Specificity of antivenomous sera (second communication) - Number 10
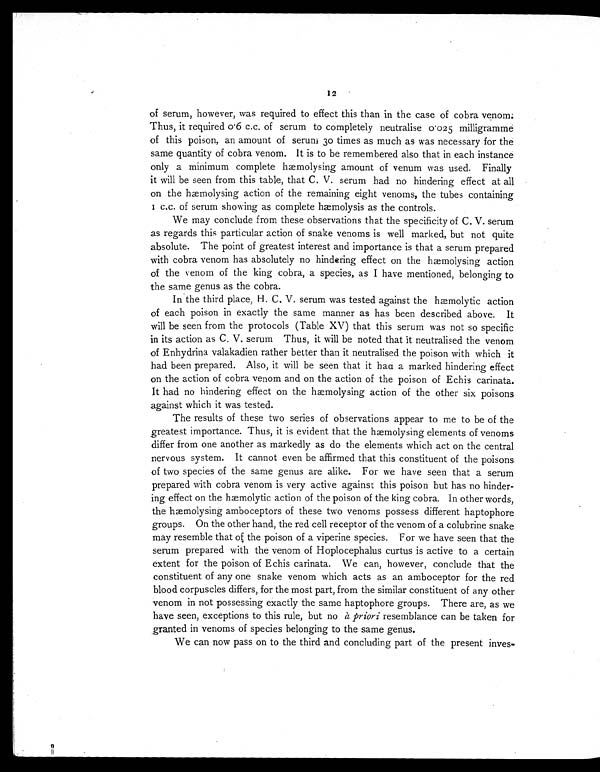
12
of serum, however, was required to effect this than in the case of cobra venom.
Thus, it required 0.6 c.c. of serum to completely neutralise 0.025 milligramme
of this poison, an amount of serum 30 times as much as was necessary for the
same quantity of cobra venom. It is to be remembered also that in each instance
only a minimum complete hæmolysing amount of venum was used. Finally
it will be seen from this table, that C. V. serum had no hindering effect at all
on the hæmolysing action of the remaining eight venoms, the tubes containing
1 c.c. of serum showing as complete hæmolysis as the controls.
We may conclude from these observations that the specificity of C. V. serum
as regards this particular action of snake venoms is well marked, but not quite
absolute. The point of greatest interest and importance is that a serum prepared
with cobra venom has absolutely no hindering effect on the hæmolysing action
of the venom of the king cobra, a species, as I have mentioned, belonging to
the same genus as the cobra.
In the third place, H. C. V. serum was tested against the hæmolytic action
of each poison in exactly the same manner as has been described above. It
will be seen from the protocols (Table XV) that this serum was not so specific
in its action as C. V. serum Thus, it will be noted that it neutralised the venom
of Enhydrina valakadien rather better than it neutralised the poison with which it
had been prepared. Also, it will be seen that it had a marked hindering effect
on the action of cobra venom and on the action of the poison of Echis carinata.
It had no hindering effect on the hæmolysing action of the other six poisons
against which it was tested.
The results of these two series of observations appear to me to be of the
greatest importance. Thus, it is evident that the hæmolysing elements of venoms
differ from one another as markedly as do the elements which act on the central
nervous system. It cannot even be affirmed that this constituent of the poisons
of two species of the same genus are alike. For we have seen that a serum
prepared with cobra venom is very active against this poison but has no hinder-
ing effect on the hæmolytic action of the poison of the king cobra. In other words,
the hæmolysing amboceptors of these two venoms possess different haptophore
groups. On the other hand, the red cell receptor of the venom of a colubrine snake
may resemble that of the poison of a viperine species. For we have seen that the
serum prepared with the venom of Hoplocephalus curtus is active to a certain
extent for the poison of Echis carinata. We can, however, conclude that the
constituent of any one snake venom which acts as an amboceptor for the red
blood corpuscles differs, for the most part, from the similar constituent of any other
venom in not possessing exactly the same haptophore groups. There are, as we
have seen, exceptions to this rule, but no à p r i o r i r e s e m b l a n c e c a n b e t a k e n f o r
granted in venoms of species belonging to the same genus.
We can now pass on to the third and concluding part of the present inves-